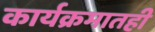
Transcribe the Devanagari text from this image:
कार्यक्रमातही